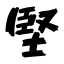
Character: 堅